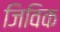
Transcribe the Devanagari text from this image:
जिविक